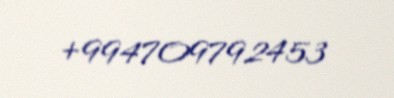
+994709792453